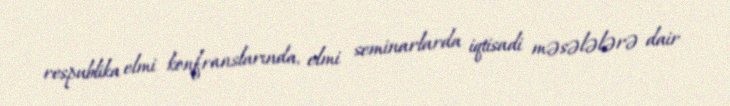
respublika elmi konfranslarında, elmi seminarlarda iqtisadi məsələlərə dair